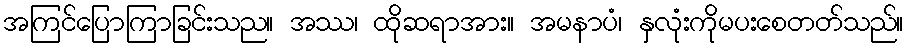
အကြင်ပြောကြာခြင်းသည။ အဿ၊ ထိုဆရာအား။ အမနာပံ၊ နှလုံးကိုမပးစေတတ်သည်။